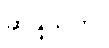
ဆန္ဒသုတ်။